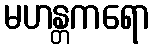
မဟန္တကရော